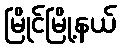
မြိုင်မြို့နယ်